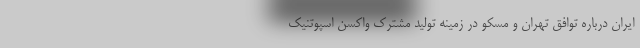
ایران درباره توافق تهران و مسکو در زمینه تولید مشترک واکسن اسپوتنیک